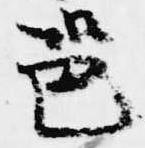
邕